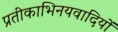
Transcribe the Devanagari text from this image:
प्रतीकाभिनयवादियों